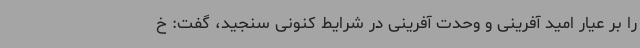
را بر عیار امید آفرینی و وحدت آفرینی در شرایط کنونی سنجید، گفت: خ